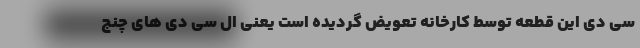
سی دی این قطعه توسط کارخانه تعویض گردیده است یعنی ال سی دی های چنج